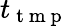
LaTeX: t_{\mathrm{~t~m~p~}}